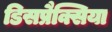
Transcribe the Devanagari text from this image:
डिसप्रैक्सिया